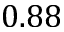
0 . 8 8